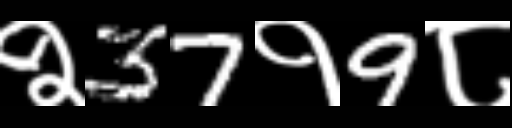
Text: २37१9८